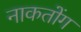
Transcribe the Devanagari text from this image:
नाकतोंग